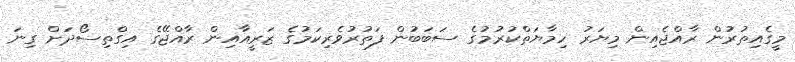
މީގެއިތުރުން ރާއްޖެއިން މިޔަރު ހިމާޔަތްކުރުމުގެ ސަބަބުން ފަތުރުވެރިކަމުގެ ޒަރީއާއިން ރާއްޖޭގެ އިގްތިސޯދަށް ގިނަ